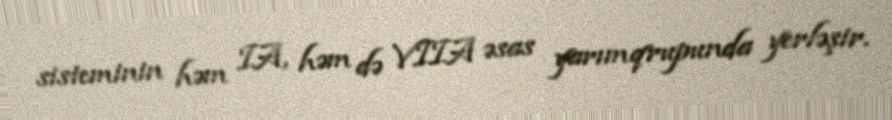
sisteminin həm IA, həm də VIIA əsas yarımqrupunda yerləşir.